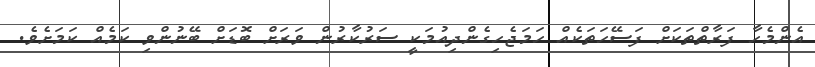
އެންމެހާ ފަރާތްތަކަށް ފަސޭހަތަކެއް ހަމަޖެހިގެންދިއުމަކީ ސަރުކާރުން ވަރަށް ބޮޑަށް ބޭނުންވި ކަމެއް ކަމަށެވެ.